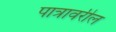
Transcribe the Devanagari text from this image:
पात्रावरील